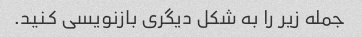
جمله زیر را به شکل دیگری بازنویسی کنید.